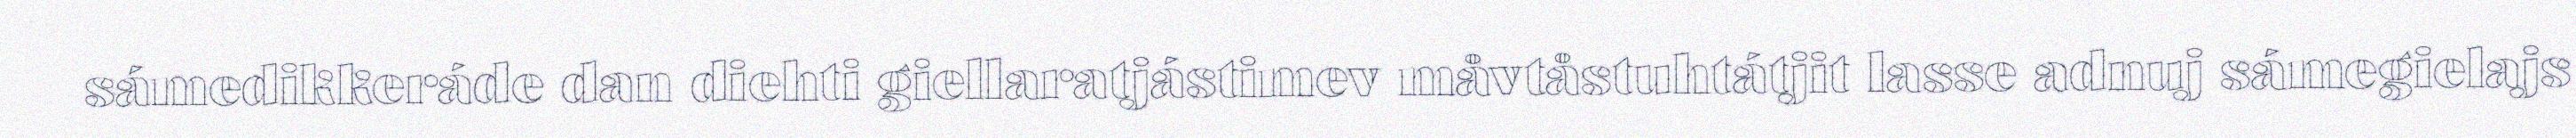
sámedikkeráde dan diehti giellaratjástimev måvtåstuhtátjit lasse adnuj sámegielajs